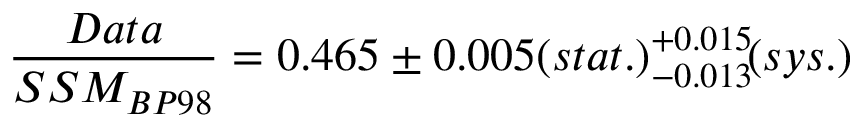
{ \frac { D a t a } { S S M _ { B P 9 8 } } } = 0 . 4 6 5 \pm 0 . 0 0 5 ( s t a t . ) { } _ { - 0 . 0 1 3 } ^ { + 0 . 0 1 5 } \! ( s y s . )